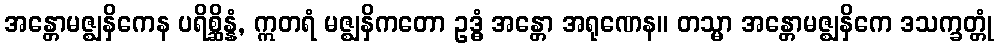
အန္တောမဇ္ဈနှိကေန ပရိစ္ဆိန္နံ, ဣတရံ မဇ္ဈနှိကတော ဥဒ္ဓံ အန္တော အရုဏေန။ တသ္မာ အန္တောမဇ္ဈနှိကေ ဒသက္ခတ္တုံ